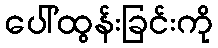
ပေါ်ထွန်းခြင်းကို